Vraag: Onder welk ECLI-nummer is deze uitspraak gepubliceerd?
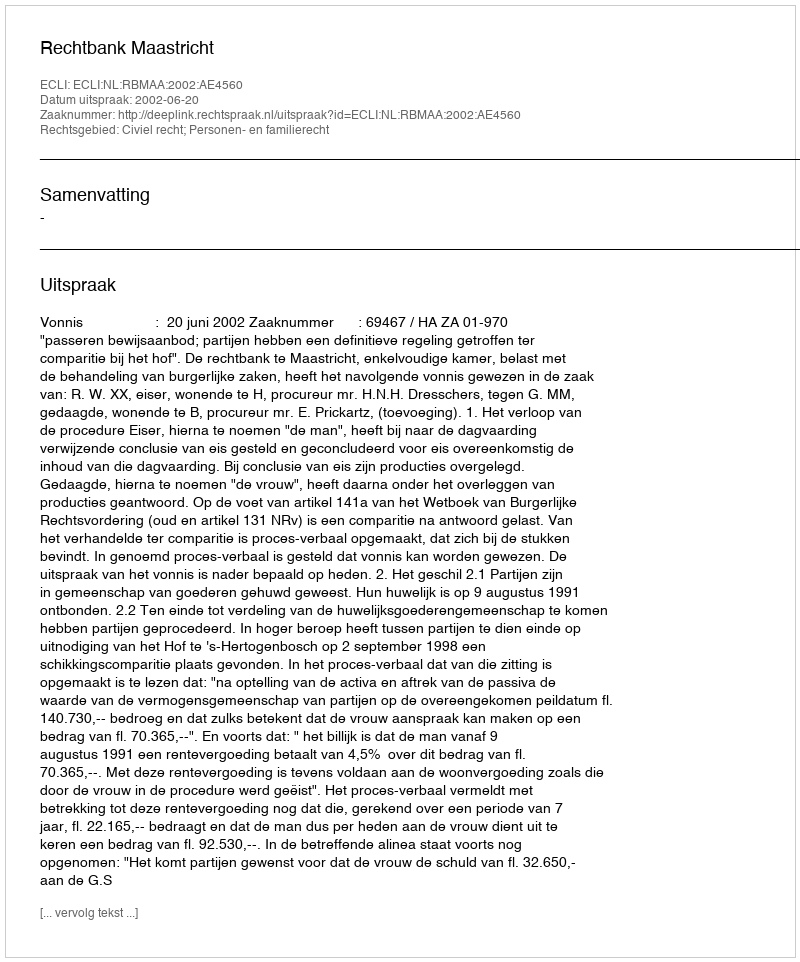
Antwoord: ECLI:NL:RBMAA:2002:AE4560